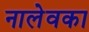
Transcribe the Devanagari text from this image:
नालेवका